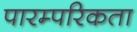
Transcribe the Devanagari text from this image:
पारम्परिकता